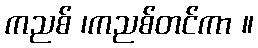
ကညစ် ၊ကညစ်တင်ကာ ။